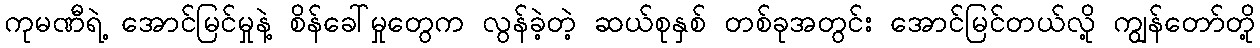
ကုမဏီရဲ့ အောင်မြင်မှုနဲ့ စိန်ခေါ်မှုတွေက လွန်ခဲ့တဲ့ ဆယ်စုနှစ် တစ်ခုအတွင်း အောင်မြင်တယ်လို့ ကျွန်တော်တို့